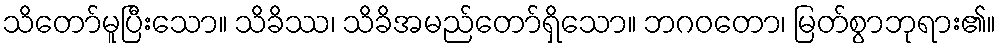
သိတော်မူပြီးသော။ သိခိဿ၊ သိခိအမည်တော်ရှိသော။ ဘဂဝတော၊ မြတ်စွာဘုရား၏။